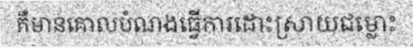
គឺមានគោលបំណងធ្វើការដោះស្រាយជម្លោះ